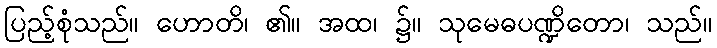
ပြည့်စုံသည်။ ဟောတိ၊ ၏။ အထ၊ ၌။ သုမေဓပဏ္ဍိတော၊ သည်။